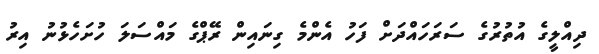
ދިއްލީގެ އުތުރުގެ ސަރަހައްދަށް ފަހު އެންމެ ގިނައިން ރޭޕްގެ މައްސަލަ ހުށަހެޅުނު އިރު